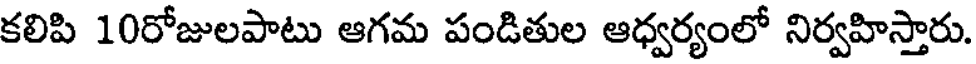
కలిపి 10రోజులపాటు ఆగమ పండితుల ఆధ్వర్యంలో నిర్వహిస్తారు.